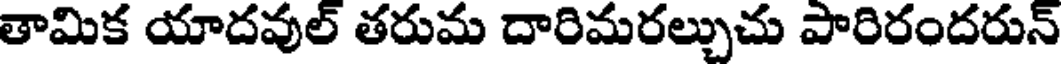
తామిక యాదవుల్ తరుమ దారిమరల్చుచు పారిరందరున్